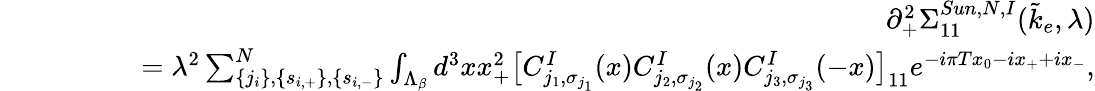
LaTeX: \begin{array}{rlr}&{}&{\partial_{+}^{2}\Sigma_{11}^{Sun,N,I}(\tilde{k}_{e},\lambda)}\\ &{}&{\quad\quad\quad=\lambda^{2}\sum_{\{ j_{i}\} ,\{ s_{i,+}\} ,\{ s_{i,-}\} }^{N}\int_{\Lambda_{\beta}}d^{3}xx_{+}^{2}\big[C_{j_{1},\sigma_{j_{1}}}^{I}(x)C_{j_{2},\sigma_{j_{2}}}^{I}(x)C_{j_{3},\sigma_{j_{3}}}^{I}(-x)\big]_{11}e^{-i\pi Tx_{0}-ix_{+}+ix_{-}},}\end{array}